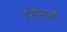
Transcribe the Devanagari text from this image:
शिंगले